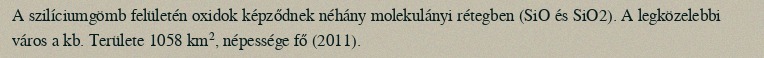
A szilíciumgömb felületén oxidok képződnek néhány molekulányi rétegben (SiO és SiO2). A legközelebbi város a kb. Területe 1058 km², népessége fő (2011).